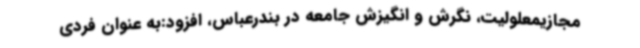
مجازیمعلولیت، نگرش و انگیزش جامعه در بندرعباس، افزود:به عنوان فردی